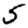
Digit: 5